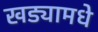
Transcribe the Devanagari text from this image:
खड्यामधे